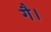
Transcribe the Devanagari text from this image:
गै।